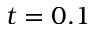
t = 0 . 1